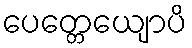
ပေတ္တေယျောပိ